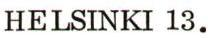
HELSINKI 13.